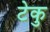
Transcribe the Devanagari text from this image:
टेकु